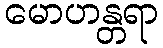
မောဟန္တရာ